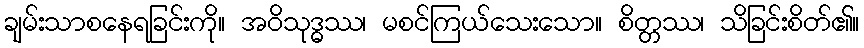
ချမ်းသာစနေရခြင်းကို။ အဝိသုဒ္ဓဿ၊ မစင်ကြယ်သေးသော။ စိတ္တဿ၊ သိခြင်းစိတ်၏။